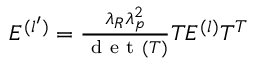
\begin{array} { r } { E ^ { ( l ^ { \prime } ) } = \frac { \lambda _ { R } \lambda _ { p } ^ { 2 } } { \mathrm { ~ d ~ e ~ t ~ } ( T ) } T E ^ { ( l ) } T ^ { T } } \end{array}